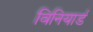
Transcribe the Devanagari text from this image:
विनियार्ड